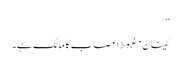
‘‘
کینان مضبوط اعصاب کا مالک ہے۔